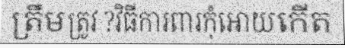
ត្រឹមត្រូវ ?វិធីការពារកុំអោយកើត